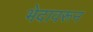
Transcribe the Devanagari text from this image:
भेदावरून